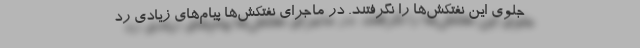
جلوی این نفتکش‌ها را نگرفتند. در ماجرای نفتکش‌ها پیام‌های زیادی رد